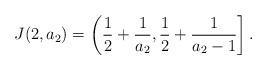
LaTeX: \begin{align*}J(2,a_2) = \left( \frac{1}{2} + \frac{1}{a_2}, \frac{1}{2} + \frac{1}{a_2-1} \right]. \end{align*}